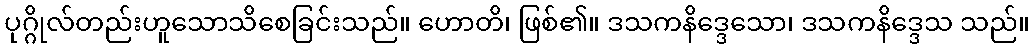
ပုဂ္ဂိုလ်တည်းဟူသောသိစေခြင်းသည်။ ဟောတိ၊ ဖြစ်၏။ ဒသကနိဒ္ဒေသော၊ ဒသကနိဒ္ဒေသ သည်။